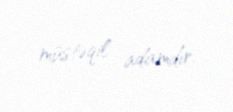
müstəqil adamdır.